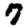
Digit: 7